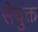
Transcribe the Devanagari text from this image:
सेयुक्त